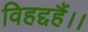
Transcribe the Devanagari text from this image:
विहद्दहैं।।